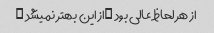
از هر لحاظ عالی بود …از این بهتر نمیشد …